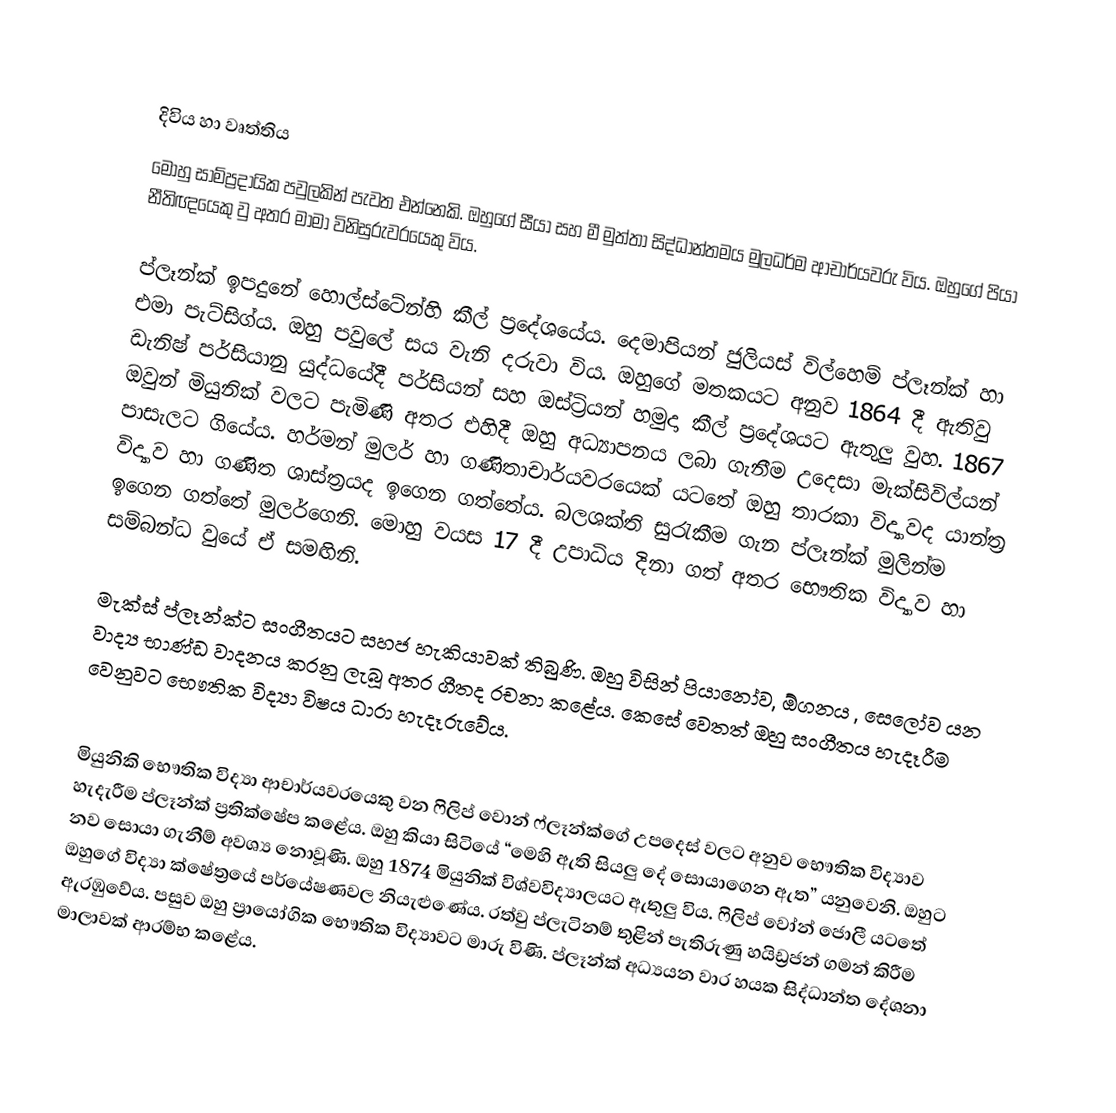

දිවිය හා වෘත්තිය
මොහු සාම්ප්‍රදායික පවුලකින් පැවත එන්නෙකි. ඔහුගේ සීයා සහ මී මුත්තා සිද්ධාන්තමය මුලධර්ම ආචාර්යවරු විය. ඔහුගේ පියා නීතිඥයෙකු වු අතර මාමා විනිසුරුවරයෙකු විය.

ප්ලෑන්ක් ඉපදුනේ හොල්ස්ටේන්හි කීල් ප්‍රදේශයේය. දෙමාපියන් ජුලියස් විල්හෙම් ප්ලෑන්ක් හා එමා පැට්සිග්ය. ඔහු පවුලේ සය වැනි දරුවා විය. ඔහුගේ මතකයට අනුව 1864 දී ඇතිවු ඩැනිෂ් පර්සියානු යුද්ධයේදී පර්සියන් සහ ඔස්ට්‍රියන් හමුදා කීල් ප්‍රදේශයට ඇතුලු වුහ. 1867 ඔවුන් මියුනික් වලට පැමිණි අතර එහිදී ඔහු අධ්‍යාපනය ලබා ගැනීම උදෙසා මැක්සිවිල්යන් පාසැලට ගියේය. හර්මන් මුලර් හා ගණිතාචාර්යවරයෙක් යටතේ ඔහු තාරකා විද්‍යාවද යාන්ත්‍ර විද්‍යාව හා ගණිත ශාස්ත්‍රයද ඉගෙන ගත්තේය. බලශක්ති සුරැකීම ගැන ප්ලෑන්ක් මුලින්ම ඉගෙන ගත්තේ මුලර්ගෙනි. මොහු වයස 17 දී උපාධිය දිනා ගත් අතර භෞතික විද්‍යාව හා සම්බන්ධ වුයේ ඒ සමඟිනි.

මැක්ස් ප්ලෑන්ක්ට  සංගීතයට සහජ හැකියාවක් තිබුණි. ඔහු විසින් පියානෝව, ඕගනය , සෙලෝව යන වාද්‍ය භාණ්ඩ වාදනය කරනු ලැබූ අතර ගීතද රචනා කළේය. කෙසේ වෙතත් ඔහු සංගීතය හැදෑරීම වෙනුවට භෞතික විද්‍යා විෂය ධාරා හැදෑරුවේය.

මියුනිකි භෞතික විද්‍යා ආචාර්යවරයෙකු වන ෆිලිප් වොන් ෆ්ලෑන්ක්ගේ උපදෙස්  වලට අනුව භෞතික විද්‍යාව හැදැරීම ප්ලෑන්ක් ප්‍රතික්ෂේප කළේය. ඔහු කියා සිටියේ “මෙහි ඇති සියලු දේ සොයාගෙන ඇත” යනුවෙනි. ඔහුට නව සොයා ගැනීම් අවශ්‍ය නොවූණි. ඔහු 1874 මියුනික් විශ්වවිද්‍යාලයට ඇතුලු විය. ෆිලිප් වෝන් ජොලී යටතේ ඔහුගේ විද්‍යා ක්ෂේත්‍රයේ පර්යේෂණවල නියැළුණේය. රත්වු ප්ලැටිනම් තුළින් පැතිරුණු හයිඩ්‍රජන් ගමන් කිරීම ඇරඹුවේය. පසුව ඔහු ප්‍රායෝගික භෞතික විද්‍යාවට මාරු විණි. ප්ලෑන්ක් අධ්‍යයන වාර හයක සිද්ධාන්ත දේශනා මාලාවක් ආරම්භ කළේය.